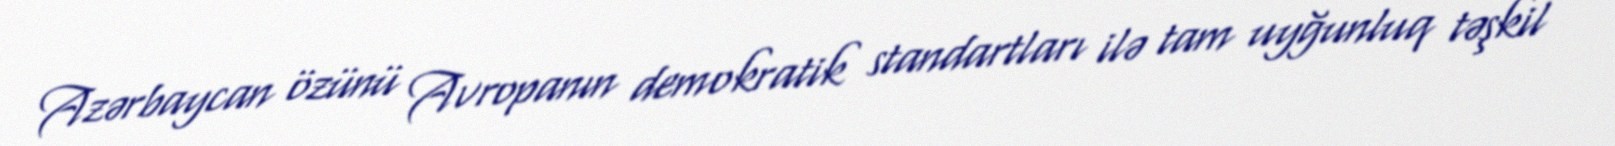
Azərbaycan özünü Avropanın demokratik standartları ilə tam uyğunluq təşkil